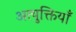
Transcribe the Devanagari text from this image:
अत्युक्तियाँ